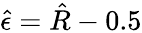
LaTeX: \hat{\epsilon}=\hat{R}-0.5